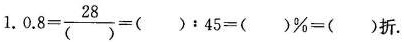
1. $$0 . 8 = \frac { 2 8 } { ( ) } = ( ) : 4 5 = ( ) % = ( ) 折$$.